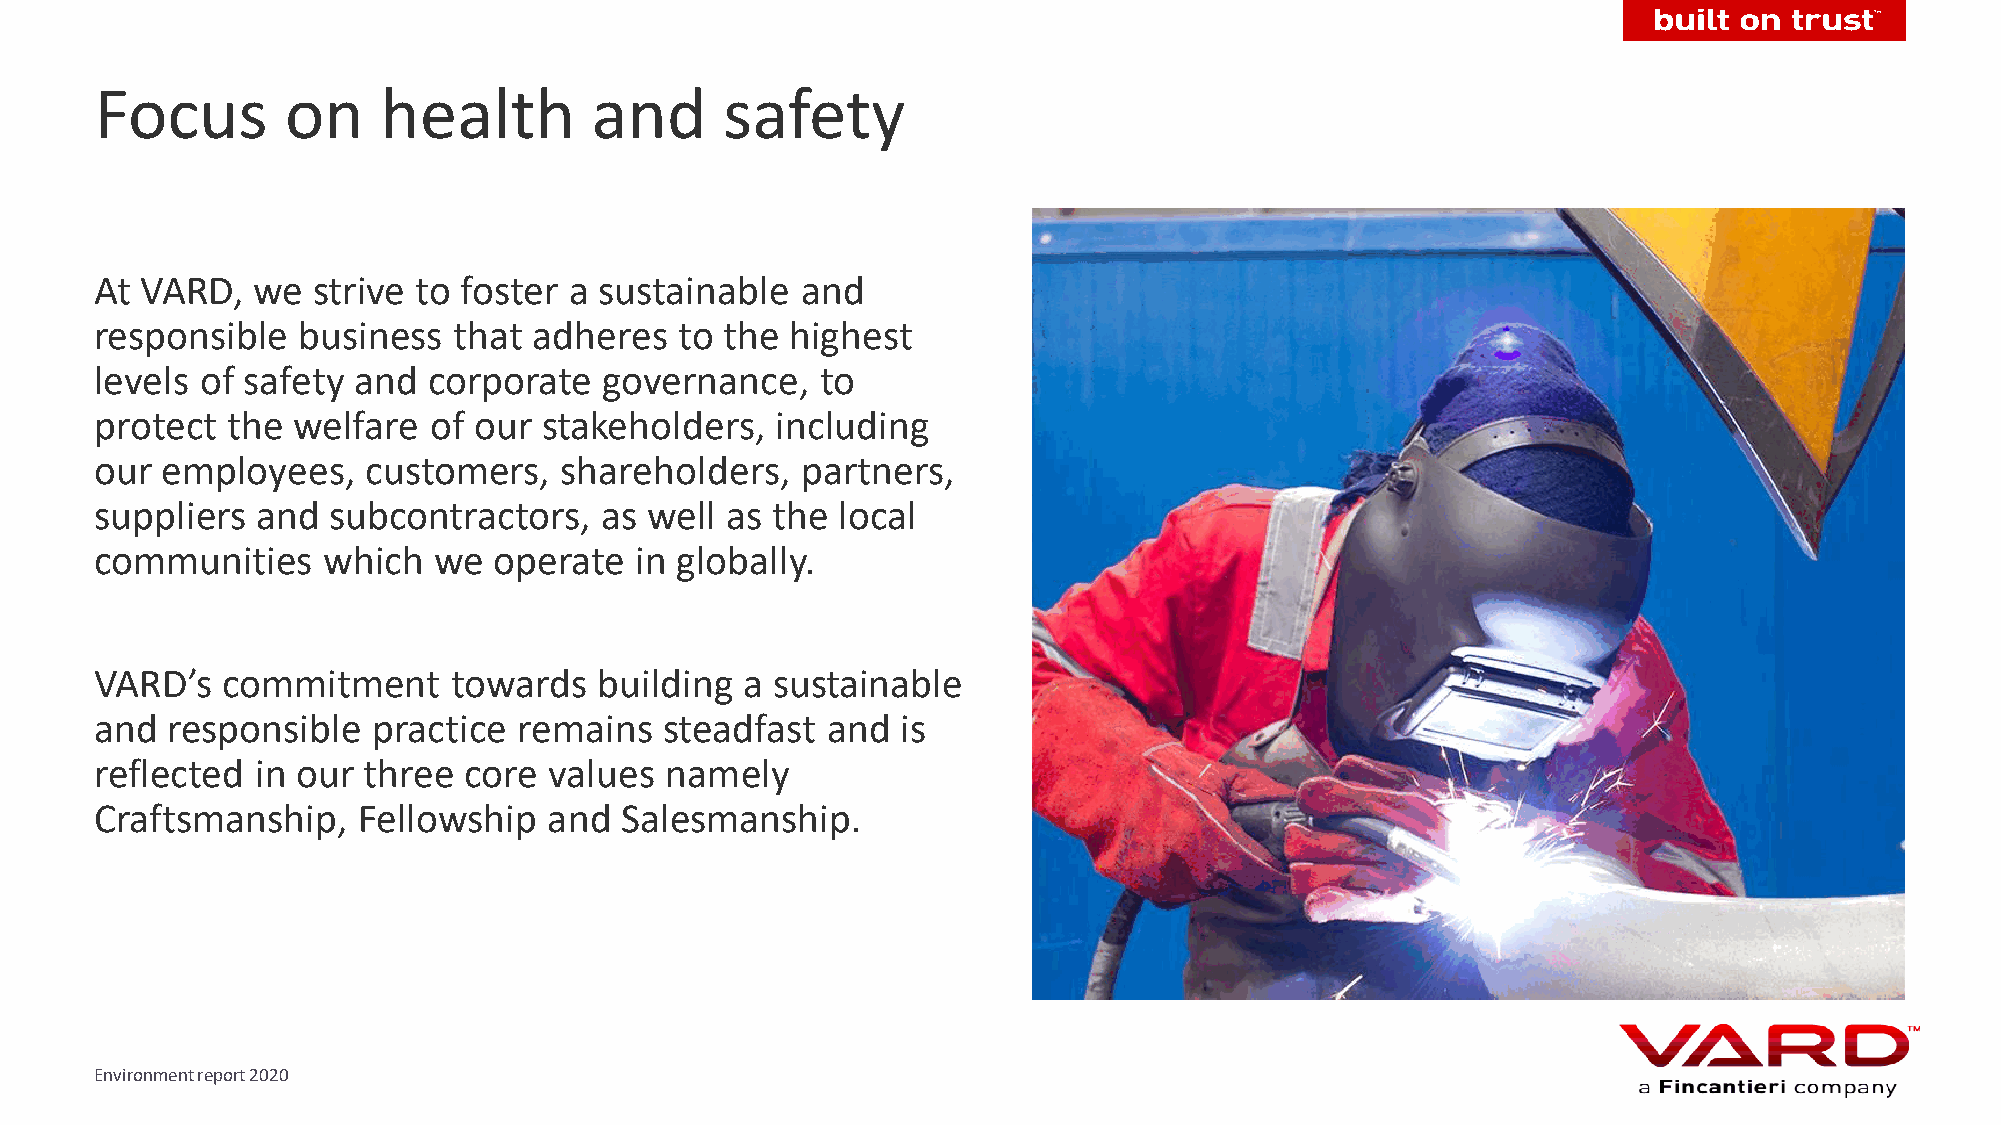
Focus        on    health        and      safety
 At VARD,   we  strive to foster a sustainable  and
 responsible   business  that adheres   to the highest
 levels of safety and  corporate   governance,   to
 protect  the welfare  of our  stakeholders,  including
 our  employees,   customers,   shareholders,   partners,
 suppliers  and  subcontractors,   as well as the local
 communities    which   we  operate  in globally.
 VARD’s   commitment     towards   building a sustainable
 and  responsible   practice remains   steadfast  and  is
 reflected  in our three  core values  namely
 Craftsmanship,    Fellowship  and  Salesmanship.
 Environment report 2020